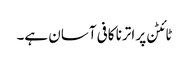
ٹائٹن پر اترنا کافی آسان ہے۔